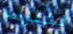
لتقوله